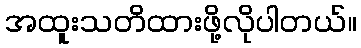
အထူးသတိထားဖို့လိုပါတယ်။